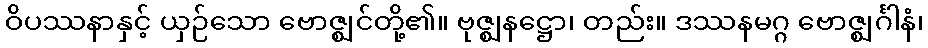
ဝိပဿနာနှင့် ယှဉ်သော ဗောဇ္ဈင်တို့၏။ ဗုဇ္ဈနဋ္ဌော၊ တည်း။ ဒဿနမဂ္ဂ ဗောဇ္ဈင်္ဂါနံ၊